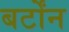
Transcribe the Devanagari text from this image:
बर्टोंन